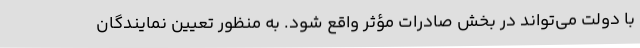
با دولت می‌تواند در بخش صادرات مؤثر واقع شود. به منظور تعیین نمایندگان